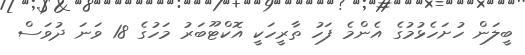
ބީލަން ހުށަހެޅުމުގެ އެންމެ ފަހު ތާރީހަކީ އޮޮކްޓޫބަރު މަހުގެ 18 ވަނަ ދުވަސް